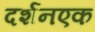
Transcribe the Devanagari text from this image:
दर्शनएक